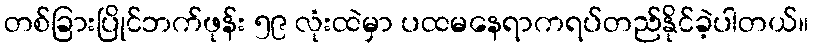
တစ်ခြားပြိုင်ဘက်ဖုန်း ၅၉ လုံးထဲမှာ ပထမနေရာကရပ်တည်နိုင်ခဲ့ပါတယ်။